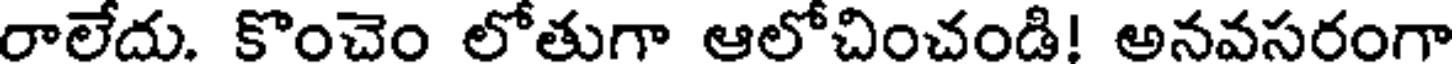
రాలేదు. కొంచెం లోతుగా ఆలోచించండి! అనవసరంగా